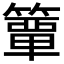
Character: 𮆕